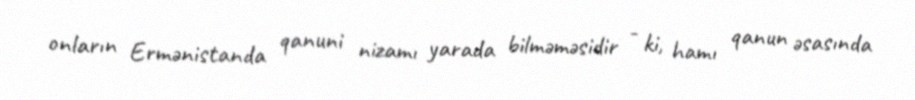
onların Ermənistanda qanuni nizamı yarada bilməməsidir - ki, hamı qanun əsasında